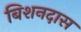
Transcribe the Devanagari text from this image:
बिशनदास